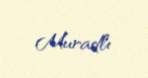
Muradlı